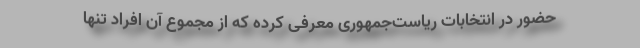
حضور در انتخابات ریاست‌جمهوری معرفی کرده که از مجموع آن افراد تنها